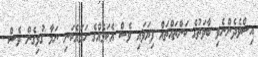
އިސްވެދެންނެވި ބާވަތުގެ ކަންތައްތައް ފިޔަވައި ވެސް އެކަމެއްގެ ހަމައެކަނި ނަމާ ގުޅިގެން ވެސް